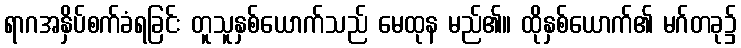
ရာဂအနှိပ်စက်ခံရခြင်း တူသူနှစ်ယောက်သည် မေထုန မည်၏။ ထိုနှစ်ယောက်၏ မဂ်တခု၌